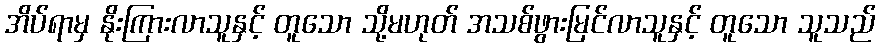
အိပ်ရာမှ နိုးကြားလာသူနှင့် တူသော သို့မဟုတ် အသစ်ဖွားမြင်လာသူနှင့် တူသော သူသည်